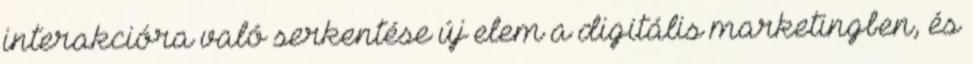
interakcióra való serkentése új elem a digitális marketingben, és